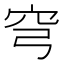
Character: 穹